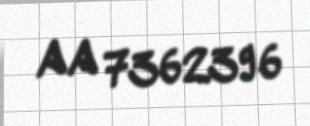
AA 7362396